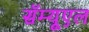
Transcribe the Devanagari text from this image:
सॅम्यूएल